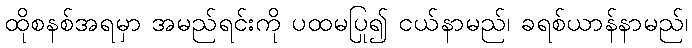
ထိုစနစ်အရမှာ အမည်ရင်းကို ပထမပြု၍ ငယ်နာမည်၊ ခရစ်ယာန်နာမည်၊